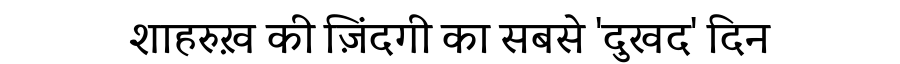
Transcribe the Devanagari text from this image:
शाहरुख़ की ज़िंदगी का सबसे 'दुखद' दिन